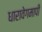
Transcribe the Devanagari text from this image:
धारावेगमापी